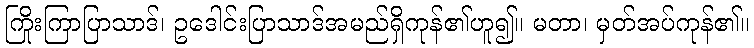
ကြိုးကြာပြာသာဒ်၊ ဥဒေါင်းပြာသာဒ်အမည်ရှိကုန်၏ဟူ၍။ မတာ၊ မှတ်အပ်ကုန်၏။